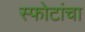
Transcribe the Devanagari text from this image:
स्फोटांचा